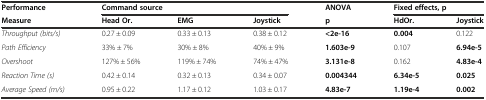
| Performance | <COLSPAN=3> Command source | ANOVA | <COLSPAN=2> Fixed effects, p |
 | Measure | Head Or. | EMG | Joystick | p | HdOr. | Joystick |
 | --- | --- | --- | --- | --- | --- | --- |
 | Throughput (bits/s) | 0.27 ± 0.09 | 0.33 ± 0.13 | 0.38 ± 0.12 | <2e-16 | 0.004 | 0.122 |
 | Path Efficiency | 33% ± 7% | 30% ± 8% | 40% ± 9% | 1.603e-9 | 0.107 | 6.94e-5 |
 | Overshoot | 127% ± 56% | 119% ± 74% | 74% ± 47% | 3.131e-8 | 0.162 | 4.83e-4 |
 | Reaction Time (s) | 0.42 ± 0.14 | 0.32 ± 0.13 | 0.34 ± 0.07 | 0.004344 | 6.34e-5 | 0.025 |
 | Average Speed (m/s) | 0.95 ± 0.22 | 1.17 ± 0.12 | 1.03 ± 0.17 | 4.83e-7 | 1.19e-4 | 0.002 |